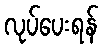
လုပ်ပေးရန်